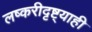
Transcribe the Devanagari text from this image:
लष्करीदृष्ट्याही